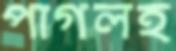
পাগলই